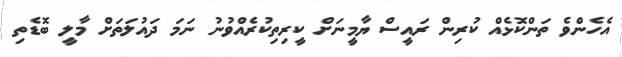
އެހެންވެ ތަންކޮޅެއް ކުރިން ރައީސް ޔާމީނަށް ކީރިތިކުރެއްވުނު ނަމަ ދައުލަތަށް މާލީ ބޮޑެތި